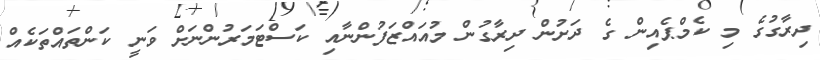
ދިރާގުގެ މި ކެމްޕެއިން ގެ ދަށުން ދިރާގުން މުއައްޒަފުންނާއި ކަސްޓަމަރުންނަށް ވަނީ ކަންތައްތަކެއް